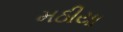
મઠીયા